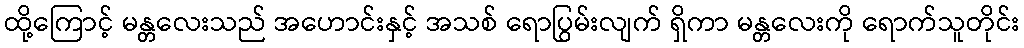
ထို့ကြောင့် မန္တလေးသည် အဟောင်းနှင့် အသစ် ရောပြွမ်းလျက် ရှိကာ မန္တလေးကို ရောက်သူတိုင်း